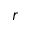
r